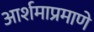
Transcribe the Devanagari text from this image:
आर्शमाप्रमाणे